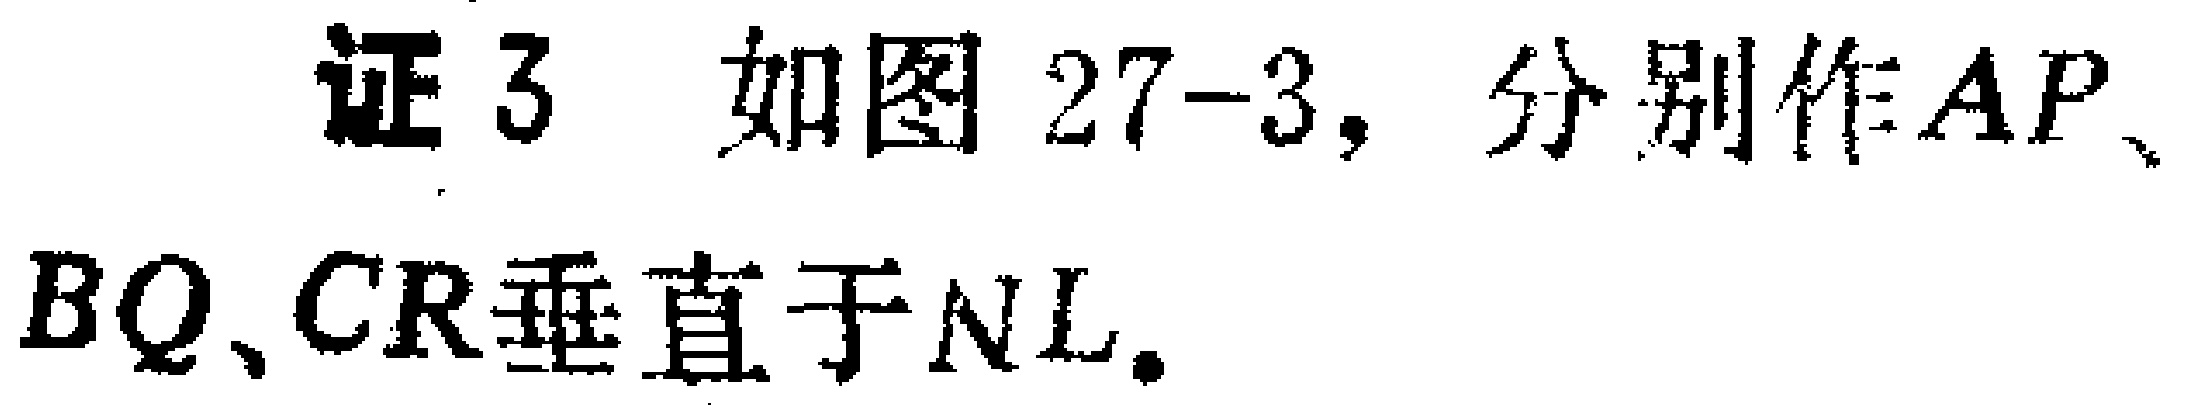
证3 如图27-3，分别作\(AP\)、\(BQ\)、\(CR\)垂直于\(NL\)。